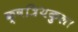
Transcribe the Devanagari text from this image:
क्षत्रियकुल।